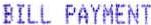
BILL PAYMENT